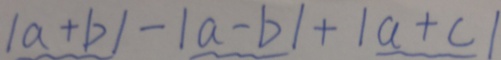
\vert a + b \vert - \vert a - b \vert + \vert a + c \vert